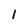
Character: 1